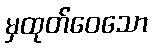
မှထုတ်ဝေသော